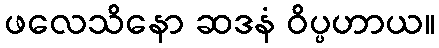
ဖလေသိနော ဆဒနံ ဝိပ္ပဟာယ။